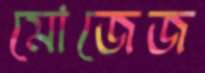
মোজেজ